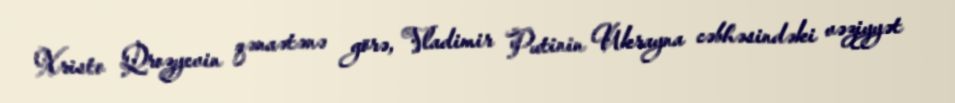
Xristo Qrozyevin qənaətənə görə, Vladimir Putinin Ukrayna cəbhəsindəki vəziyyət